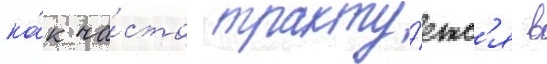
ка́к ча́сто тракту́етс'я в